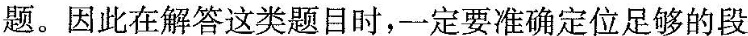
题。因此在解答这类题目时,一定要准确定位足够的段